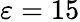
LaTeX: \varepsilon=15